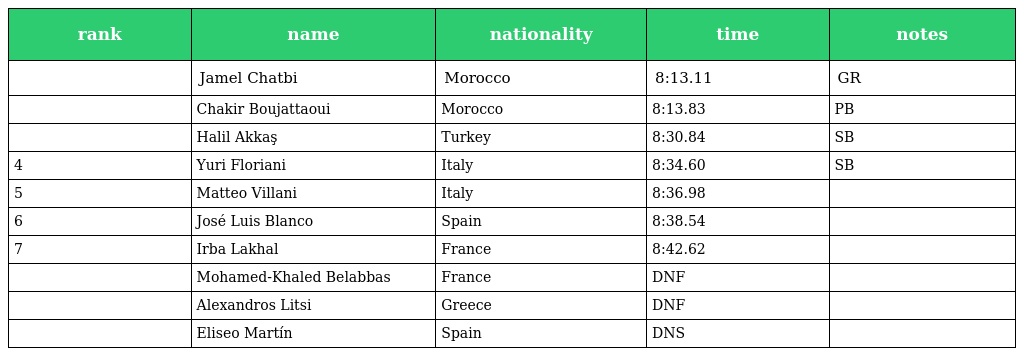
| rank | name | nationality | time | notes |
 | --- | --- | --- | --- | --- |
 |  | Jamel Chatbi | Morocco | 8:13.11 | GR |
 |  | Chakir Boujattaoui | Morocco | 8:13.83 | PB |
 |  | Halil Akkaş | Turkey | 8:30.84 | SB |
 | 4 | Yuri Floriani | Italy | 8:34.60 | SB |
 | 5 | Matteo Villani | Italy | 8:36.98 |  |
 | 6 | José Luis Blanco | Spain | 8:38.54 |  |
 | 7 | Irba Lakhal | France | 8:42.62 |  |
 |  | Mohamed-Khaled Belabbas | France | DNF |  |
 |  | Alexandros Litsi | Greece | DNF |  |
 |  | Eliseo Martín | Spain | DNS |  |